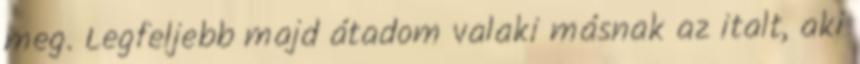
meg. Legfeljebb majd átadom valaki másnak az italt, aki